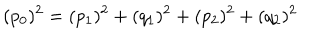
( p _ { 0 } ) ^ { 2 } = ( p _ { 1 } ) ^ { 2 } + ( q _ { 1 } ) ^ { 2 } + ( p _ { 2 } ) ^ { 2 } + ( q _ { 2 } ) ^ { 2 }